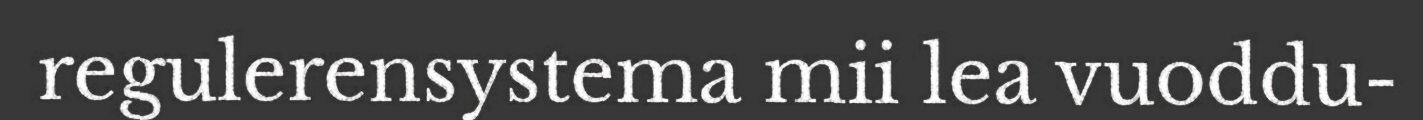
regulerensystema mii lea vuoddu-